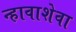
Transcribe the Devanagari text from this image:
न्हावाशेवा